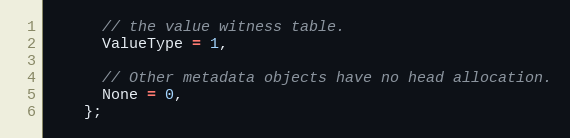
Language: C
      // the value witness table.
      ValueType = 1,

      // Other metadata objects have no head allocation.
      None = 0,
    };